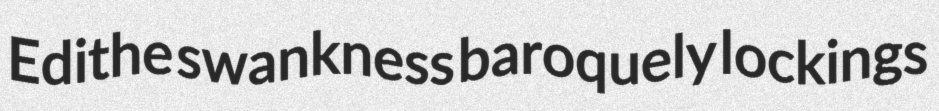
Edithe swankness baroquely lockings